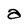
Character: a